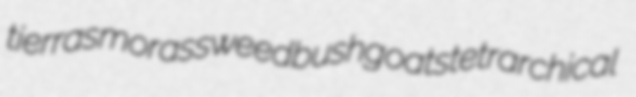
tierras morassweed bushgoats tetrarchical